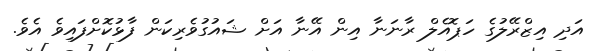
އަދި އިޒްރޭލުގެ ހަޕޮއެލް ރާނަނާ އިން އޭނާ އަށް ޝައުގުވެރިކަން ފާޅުކޮށްފައިވެ އެވެ.